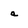
Character: a